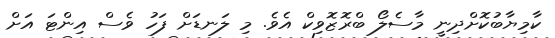
ކާމިޔާބުކޮށްދިނީ މާސެލޯ ބްރޮޒޮވިކް އެވެ. މި ލަނޑަށް ފަހު ވެސް އިންޓަ އަށް